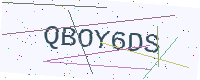
Text: QBOY6DS